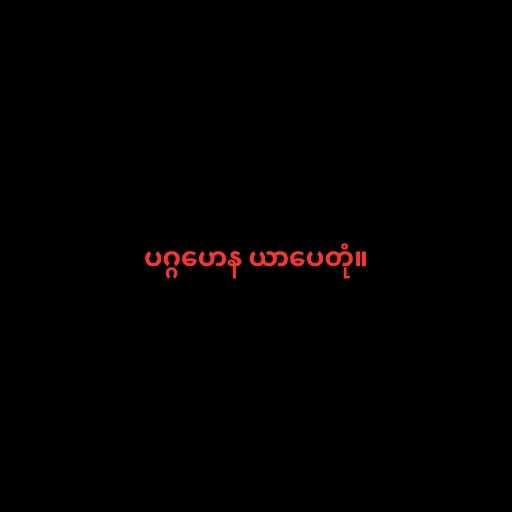
ပဂ္ဂဟေန ယာပေတုံ။